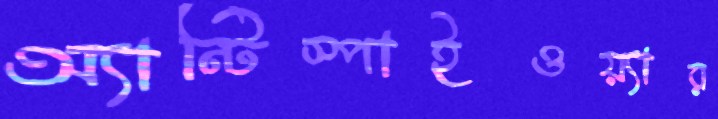
অ্যান্টিস্পাইওয়্যার